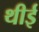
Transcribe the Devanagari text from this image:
थीई